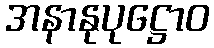
အနာနုပုဋ္ဌောဝ